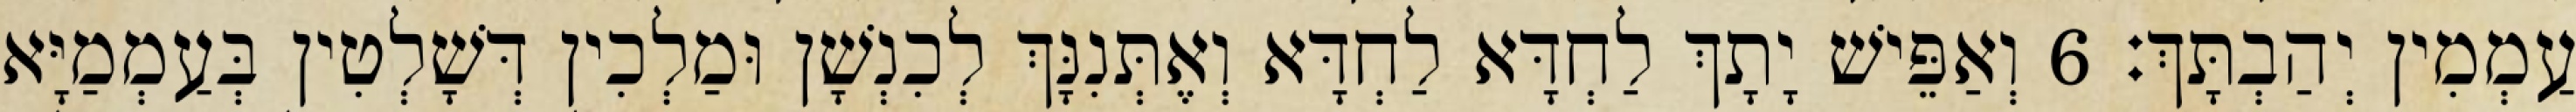
עַמְמִין יְהַבְתָּךְ׃ 6 וְאַפֵּישׁ יָתָךְ לַחְדָּא לַחְדָּא וְאֶתְּנִנָּךְ לְכִנְשָׁן וּמַלְכִין דְּשָׁלְטִין בְּעַמְמַיָּא